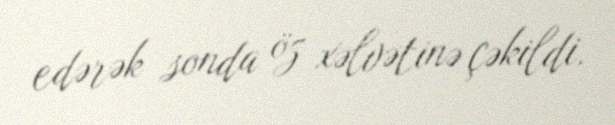
edərək sonda öz xəlvətinə çəkildi.